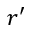
r ^ { \prime }